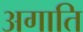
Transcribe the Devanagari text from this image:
अगाति